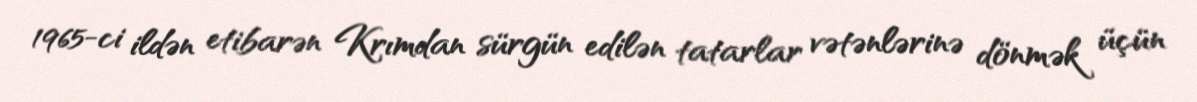
1965-ci ildən etibarən Krımdan sürgün edilən tatarlar vətənlərinə dönmək üçün